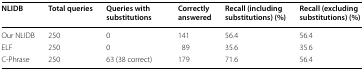
| NLIDB | Total queries | Queries with substitutions | Correctly answered | Recall (including substitutions) (%) | Recall (excluding substitutions) (%) |
 | --- | --- | --- | --- | --- | --- |
 | Our NLIDB | 250 | 0 | 141 | 56.4 | 56.4 |
 | ELF | 250 | 0 | 89 | 35.6 | 35.6 |
 | C-Phrase | 250 | 63 (38 correct) | 179 | 71.6 | 56.4 |